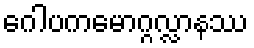
ဂေါပကမောဂ္ဂလ္လာနဿ